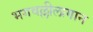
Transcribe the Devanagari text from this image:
भगवल्लीलागान